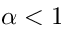
\alpha < 1